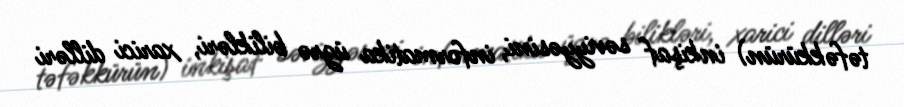
təfəkkürün) inkişaf səviyyəsini, informatika üzrə bilikləri, xarici dilləri